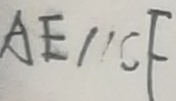
A E / / C F